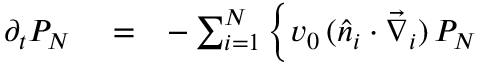
\begin{array} { r l r } { \partial _ { t } P _ { N } } & { { } = } & { - \sum _ { i = 1 } ^ { N } \Big \{ v _ { 0 } \, ( \hat { n } _ { i } \cdot \vec { \nabla } _ { i } ) \, P _ { N } } \end{array}